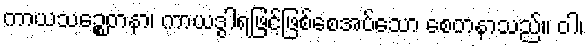
ကာယသဉ္စေတနာ၊ ကာယဒွါရဖြင့်ဖြစ်စေအပ်သော စေတနာသည်။ ဝါ၊